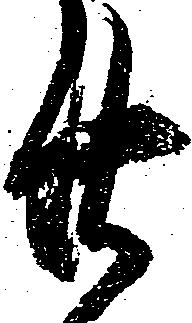
廿